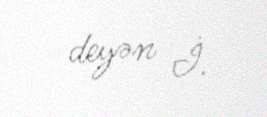
deyən İ.